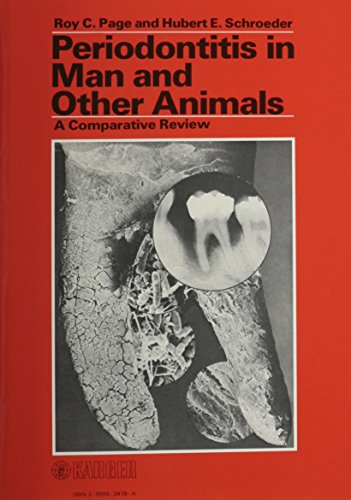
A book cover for Periodontitis in Man and Other Animals; R.C. Page; Medical Books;